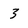
Character: 3